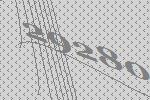
29280